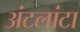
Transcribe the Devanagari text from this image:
अंटलांटा